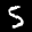
Label: 5